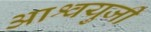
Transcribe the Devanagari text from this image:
आश्वयुजी